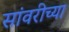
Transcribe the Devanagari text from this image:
सांवरीच्या